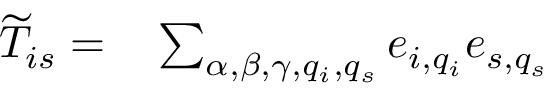
\begin{array} { r l } { \widetilde { T } _ { i s } = } & { { } \sum _ { \alpha , \beta , \gamma , q _ { i } , q _ { s } } e _ { i , q _ { i } } e _ { s , q _ { s } } } \end{array}